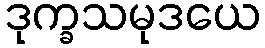
ဒုက္ခသမုဒယေ